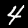
Digit: 4